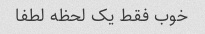
خوب فقط یک لحظه لطفا